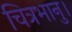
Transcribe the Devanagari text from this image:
चित्रभानु।